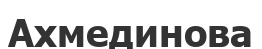
Ахмединова